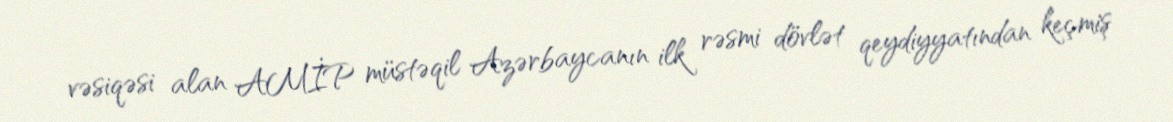
vəsiqəsi alan AMİP müstəqil Azərbaycanın ilk rəsmi dövlət qeydiyyatından keçmiş